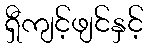
ရှီကျင့်ဖျင်နှင့်